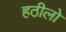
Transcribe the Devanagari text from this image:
हठीलो